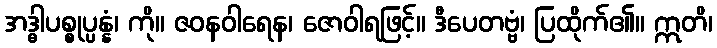
အဒ္ဓါပစ္စုပ္ပန္နံ၊ ကို။ ဇဝနဝါရေန၊ ဇောဝါရဖြင့်။ ဒီပေတဗ္ဗံ၊ ပြထိုက်၏။ ဣတိ၊